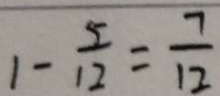
1 - \frac { 5 } { 1 2 } = \frac { 7 } { 1 2 }